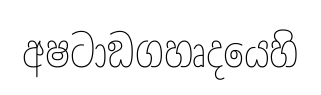
අෂටාඞගහෘදයෙහි